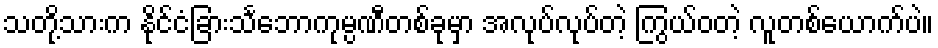
သတို့သားက နိုင်ငံခြားသင်္ဘောကုမ္ပဏီတစ်ခုမှာ အလုပ်လုပ်တဲ့ ကြွယ်ဝတဲ့ လူတစ်ယောက်ပဲ။